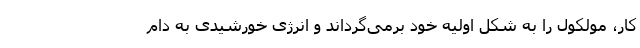
کار، مولکول را به شکل اولیه خود برمی‌گرداند و انرژی خورشیدی به دام